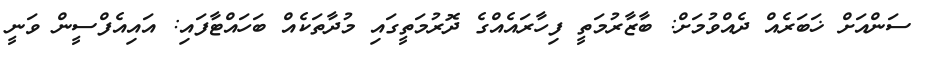
ސަންއަށް ޚަބަރެއް ދެއްވުމަށް: ބާޒާރުމަތީ ފިހާރައެއްގެ ދޮރުމަތީގައި މުދާތަކެއް ބަހައްޓާފަައި: އައިއެފްސީން ވަނީ